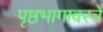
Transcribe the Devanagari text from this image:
पृष्ठभागावरचे